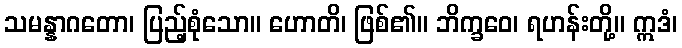
သမန္နာဂတော၊ ပြည့်စုံသော။ ဟောတိ၊ ဖြစ်၏။ ဘိက္ခဝေ၊ ရဟန်းတို့။ ဣဒံ၊